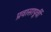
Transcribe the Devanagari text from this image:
प्रवासापूर्वी